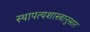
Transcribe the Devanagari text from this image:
स्थापत्यशास्त्रानुसार